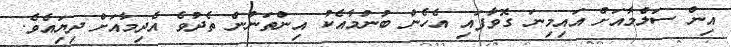
އިން ސަލްމާއަށް އައިމިނަ ގޮވާފައި އެހެން ބުނުމާއެކު އިންތަނުން ތެދުވެ އެދިމާއަށް ދިޔިައެވެ.